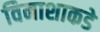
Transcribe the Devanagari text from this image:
विनाशाकडे